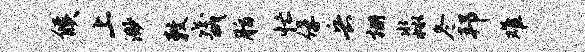
候上渺敕畿脂忙俘兵栅淼冬邦难